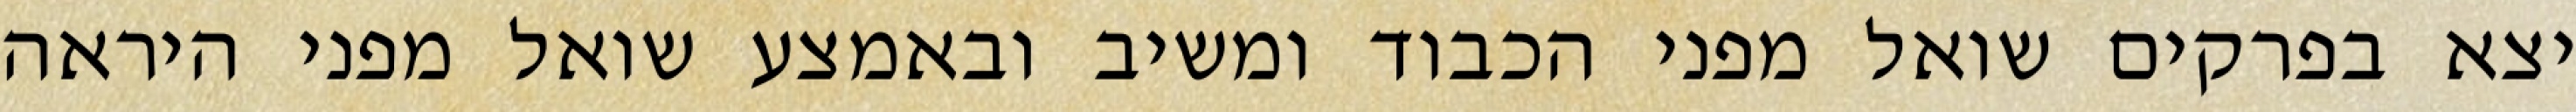
יצא בפרקים שואל מפני הכבוד ומשיב ובאמצע שואל מפני היראה